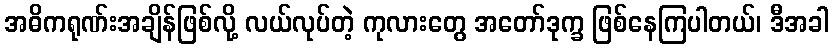
အဓိကရုဏ်းအချိန်ဖြစ်လို့ လယ်လုပ်တဲ့ ကုလားတွေ အတော်ဒုက္ခ ဖြစ်နေကြပါတယ်၊ ဒီအခါ